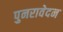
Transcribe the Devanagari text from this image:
पुनरावेदन